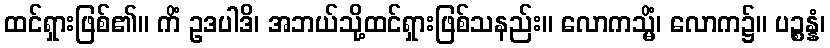
ထင်ရှားဖြစ်၏။ ကိံ ဥဒပါဒိ၊ အဘယ်သို့ထင်ရှားဖြစ်သနည်း။ လောကသ္မိံ၊ လောက၌။ ပဉ္စန္နံ၊